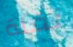
نقلة